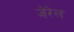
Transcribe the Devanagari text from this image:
जेरेल